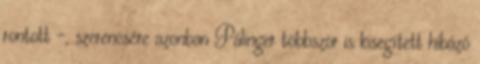
rontott -, szerencsére azonban Pálinger többször is kisegített hibázó